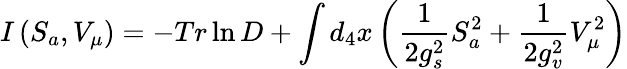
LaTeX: I\left(S_{a},V_{\mu}\right)=-Tr\ln D+\int d_{4}x\left(\frac 1{2g_{s}^{2}}S_{a}^{2}+\frac 1{2g_{v}^{2}}V_{\mu}^{2}\right)